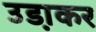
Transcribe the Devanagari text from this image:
उडा़कर